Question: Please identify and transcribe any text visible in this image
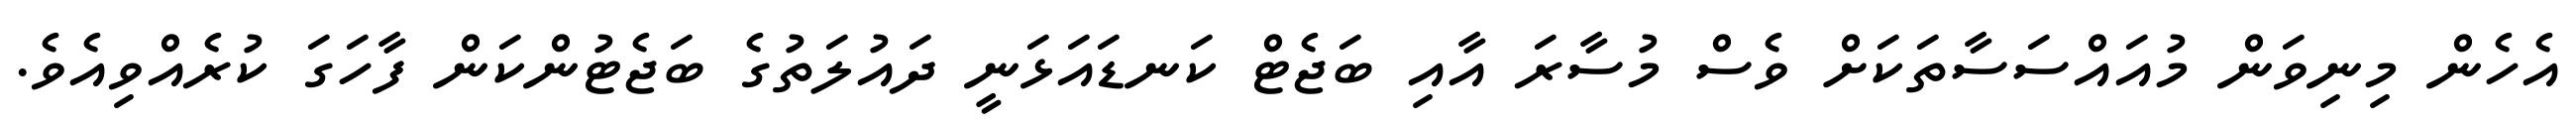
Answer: އެހެން މިނިވަން މުއައްސަސާތަކަށް ވެސް މުސާރަ އާއި ބަޖެޓް ކަނޑައަޅަނީ ދައުލަތުގެ ބަޖެޓުންކަން ފާހަގަ ކުރެއްވިއެވެ.